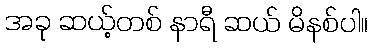
အခု ဆယ့်တစ် နာရီ ဆယ် မိနစ်ပါ။